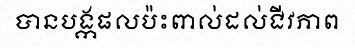
បានបង្កផលប៉ះពាល់ដល់ជីវភាព